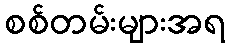
စစ်တမ်းများအရ